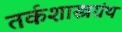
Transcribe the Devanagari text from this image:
तर्कशास्त्रग्रंथ